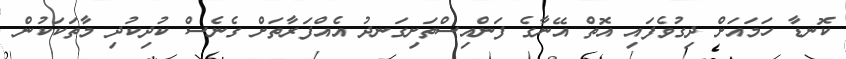
ކޮނޑާ ހަމައަށް ދިގުވެފައި އޮތް އޭނާގެ ފަންއިސްތަށިގަނދު އެއްފަރާތަށް ގެނެސް ކުދިކުދި މާތަކަކުން